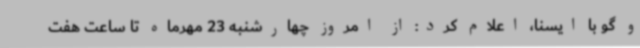
و گو با ایسنا، اعلام کرد: از امروز چهارشنبه 23 مهرماه تا ساعت هفت